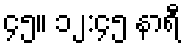
၄၅။ ၁၂:၄၅ နာရီ